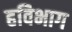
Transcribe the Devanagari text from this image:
हविभाग